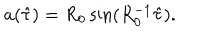
a ( \hat { \tau } ) = R _ { 0 } \sin ( R _ { 0 } ^ { - 1 } \hat { \tau } ) .